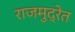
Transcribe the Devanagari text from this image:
राजमुद्रेत